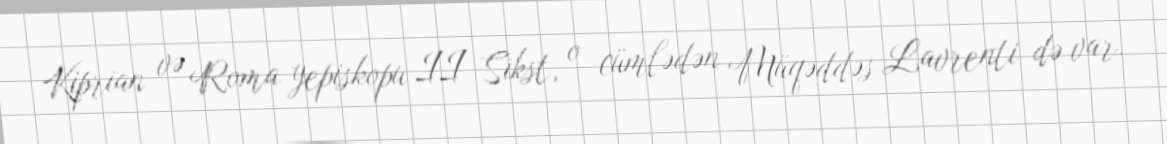
Kiprian və Roma yepiskopu II Sikst, o cümlədən Müqəddəs Lavrenti də var.